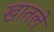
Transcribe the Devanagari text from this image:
खातले